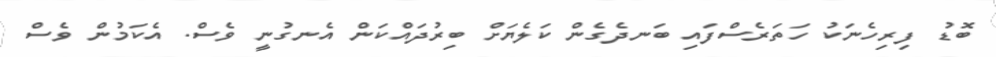
ބޮޑު ފިރިހެނަކު ހަތަރެސްފައި ބަނދެގެން ކަލެޔަށް ބިރުދައްކަން އެނގުނީ ވެސް. އެކަމުން ވެސް